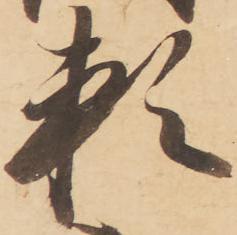
頼